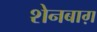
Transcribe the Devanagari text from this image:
शेनबाग़